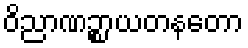
ဝိညာဏဉ္စာယတနတော